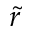
\tilde { r }